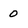
Character: 0